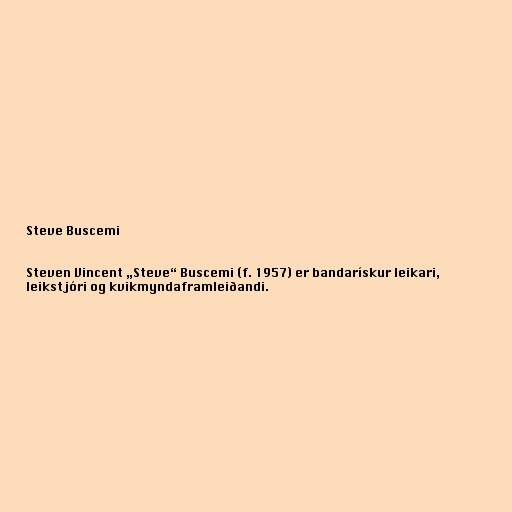
Steve Buscemi

Steven Vincent „Steve“ Buscemi (f. 1957) er bandarískur leikari,
leikstjóri og kvikmyndaframleiðandi.